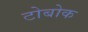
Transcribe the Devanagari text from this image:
टोबोक